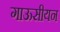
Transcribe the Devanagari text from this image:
गाऊसीयन